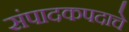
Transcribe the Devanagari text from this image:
संपादकपदाचे